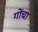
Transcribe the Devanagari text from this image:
गोंचा